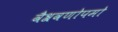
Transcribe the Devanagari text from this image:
वैश्रवणोपमो